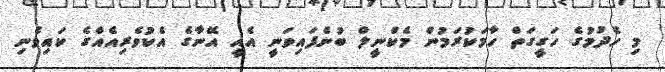
މި ހެދުމުގެ ހަގީގަތް ހާމަކުރަމުން މެކްނީލް ބުނެފައިވަނީ އެއީ އޭނާގެ އެކުވެރިއެއްގެ ކައިވެނި